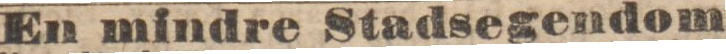
En mindre Stadsegendom